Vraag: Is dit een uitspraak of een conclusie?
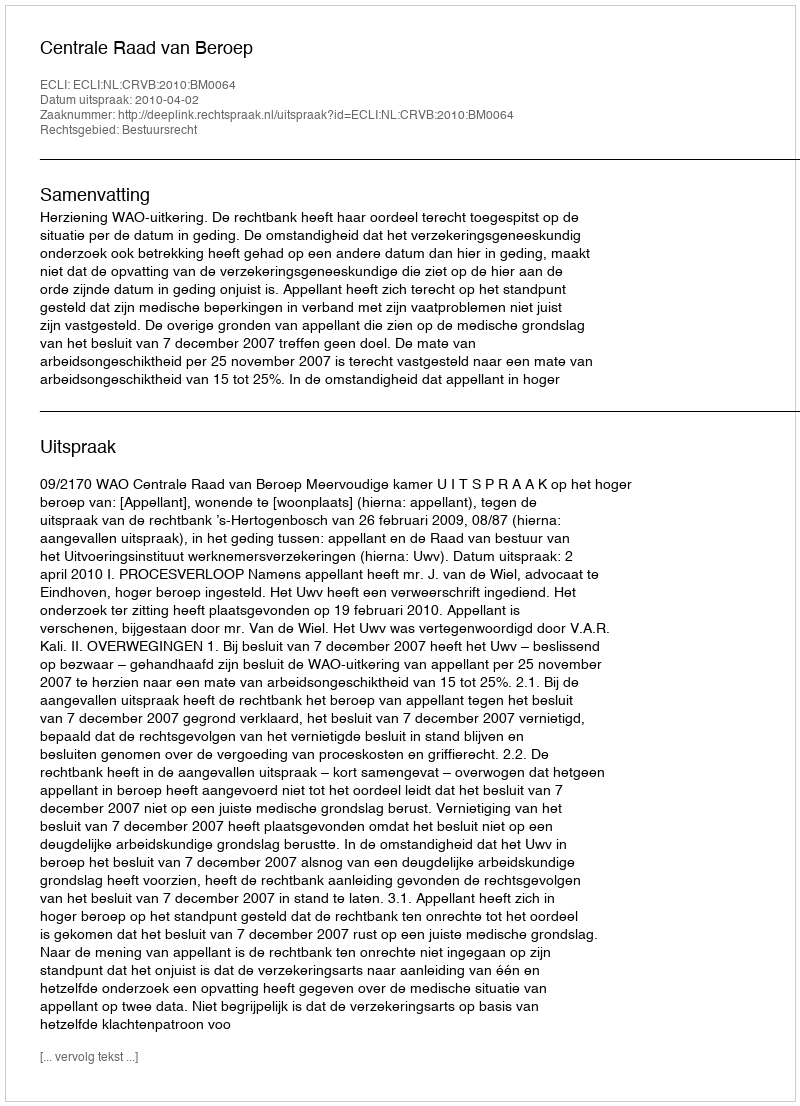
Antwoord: Uitspraak